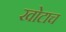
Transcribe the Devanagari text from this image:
खोटाच